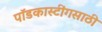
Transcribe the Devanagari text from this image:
पॉडकास्टींगसाठी